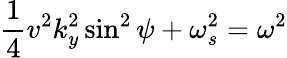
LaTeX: \frac{1}{4}v^{2}k_{y}^{2}\sin^{2}\psi+\omega_{s}^{2}=\omega^{2}